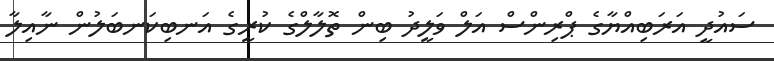
ސައުދީ އަރަބިއްޔާގެ ޕްރިންސް އަލް ވަލީދު ބިން ތޮލާލްގެ ކުރީގެ އަނބިކަނބަލުން ނާއިލާ